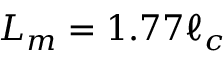
L _ { m } = 1 . 7 7 \ell _ { c }